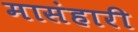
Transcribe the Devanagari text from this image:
मासंहारी